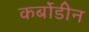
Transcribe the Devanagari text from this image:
कर्बोडीन